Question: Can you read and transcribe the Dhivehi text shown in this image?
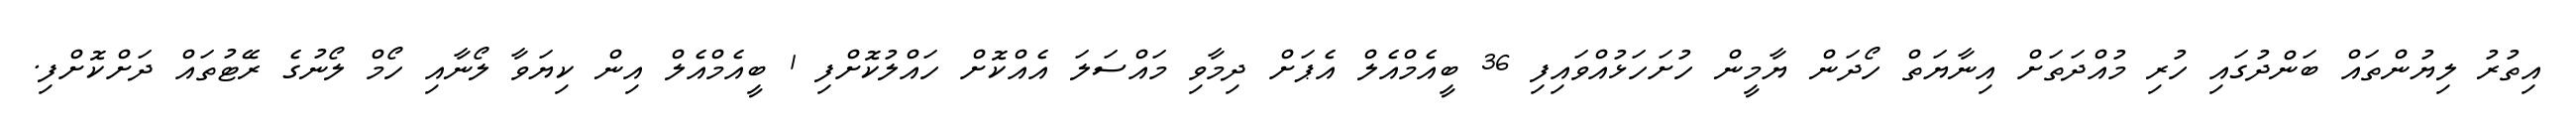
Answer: އިތުރު ލިޔުންތައް ބަންދުގައި ހުރި މުއްދަތަށް އިނާޔަތް ހޯދަން ޔާމީން ހުށަހަޅުއްވައިފި 36 ބީއެމްއެލް އެޕަށް ދިމާވި މައްސަލަ އެއްކޮށް ހައްލުކޮށްފި 1 ބީއެމްއެލް އިން ކިޔަވާ ލޯނާއި ހޯމް ލޯނުގެ ރޭޓުތައް ދަށްކޮށްފި.